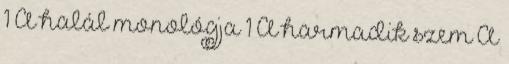
1 A halál monológja 1 A harmadik szem A